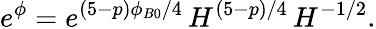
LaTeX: e^{\phi}=e^{(5-p)\phi_{B0}/4}\, H^{(5-p)/4}\, H^{-1/2}.